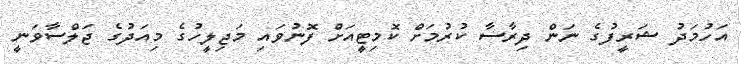
އަހުމަދު ޝަރީފުގެ ނަން ދިރާސާ ކުރުމަށް ކޮމިޓީއަށް ފޮނުވައި މަޖިލީހުގެ މިއަދުގެ ޖަލްސާވަނީ